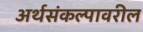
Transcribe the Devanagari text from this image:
अर्थसंकल्पावरील